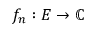
f _ { n } : E \to \mathbb { C }